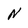
Character: N